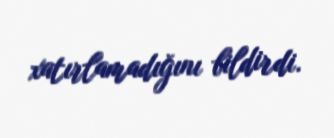
xatırlamadığını bildirdi.